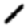
Digit: 1